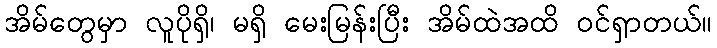
အိမ်တွေမှာ လူပိုရှိ၊ မရှိ မေးမြန်းပြီး အိမ်ထဲအထိ ဝင်ရှာတယ်။